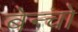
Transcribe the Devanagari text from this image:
बेन्चो